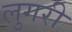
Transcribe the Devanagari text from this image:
लुगरी